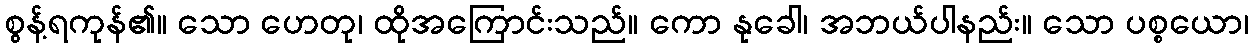
စွန့်ရကုန်၏။ သော ဟေတု၊ ထိုအကြောင်းသည်။ ကော နုခေါ၊ အဘယ်ပါနည်း။ သော ပစ္စယော၊